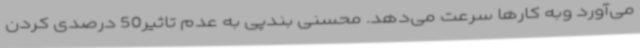
می‌آورد وبه کارها سرعت می‌دهد. محسنی بندپی به عدم تاثیر50 درصدی کردن